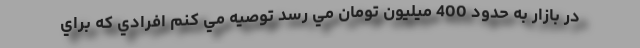
در بازار به حدود 400 ميليون تومان مي رسد توصيه مي كنم افرادي كه براي